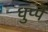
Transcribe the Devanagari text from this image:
धुप्पै